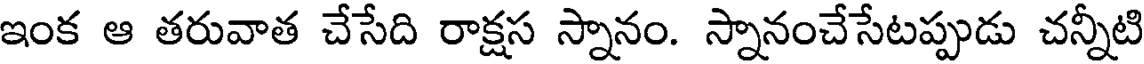
ఇంక ఆ తరువాత చేసేది రాక్షస స్నానం. స్నానంచేసేటప్పుడు చన్నీటి